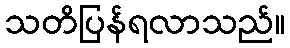
သတိပြန်ရလာသည်။